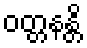
ဝတ္တနန္တိ